Vaccination in the Punjab 1883-1896 - 1883-1896
Year: 1883
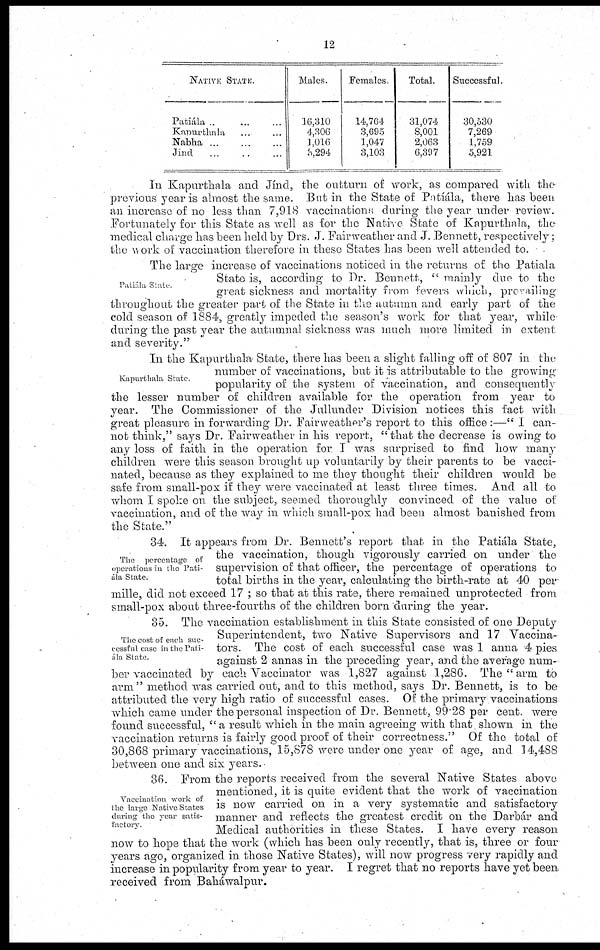
12
NATIVE STATE.
Patiála ... ... ...
Kapurthala ... ...
Nabha
...
...
...
Jind ... ... ...
Males.
16,310
4,306
1,016
3,294
Females.
14,764
3,695
1,047
3,103
Total.
31,074
8,001
2,063
6,397
Successful.
30,530
7,269
1,759
5,921
In Kapurthala and Jínd, the outturn of work, as compared with the
previous year is almost the same. But in the State of Patiála, there has been
an increase of no less than 7,918 vaccinations; during the year under review.
Fortunately for this State as well as for the Native. State of Kapurthala, the
medical charge has been held by Drs. J. Fair weather and J. Bennett, respectively;
the work of vaccination therefore in these States has been well attended to.
Patiála State.
The large increase of vaccinations noticed in the returns of the Patiala
State is, according to Dr. Bennett, "mainly due to the
great sickness and mortality from fevers which, prevailing
throughout the greater part of the State in the autumn and early part of the
cold season of 1884, greatly impeded, the season's work for that year, while
during the past year the autumnal sickness was much more limited in extent
and severity."
Kapurthala State.
In the Kapurthala State, there has been a slight falling off of 807 in the
number of vaccinations, but it is attributable to the growing-
popularity of the system of vaccination, and consequently
the lesser number of children available for the operation from year to
year. The Commissioner of the Jullunder Division notices this fact with
great pleasure in forwarding Dr. Fair weather's report to this office :—" I can-
not think," says Dr. Fairweather in his report, "that the decrease is owing to
any loss of faith in the operation for I was surprised to find how many
children were this season brought up voluntarily by their parents to be vacci-
nated, because as they explained to me they thought their children would be
safe from small-pox if they were vaccinated at least three times. And all to
whom I spoke on the subject, seemed thoroughly convinced of the value of
vaccination, and of the way in which small-pox had been almost banished from
the State."
The percentage of
operations in the Pati-
ala State.
34. It appears from Dr. Bennett's report that in the Patiála State,
the vaccination, though vigorously carried on under the
supervision of that officer, the percentage of operations to
total births in the year, calculating the birth-rate at 40 per
mille, did not exceed 17 ; so that at this rate, there remained unprotected from
small-pox about three-fourths of the children born during the year.
The cost of each suc-
cessful case in the Pati-
ála State.
85. The vaccination establishment in this State consisted of one Deputy
Superintendent, two Native Supervisors and 17 Vaccina¬
tors. The cost of each successful case was 1 anna 4 pies
against 2 annas in the preceding year, and the average num-
ber vaccinated by each Vaccinator was 1,827 against 1,286. The " arm to
arm" method was carried out, and to this method, says Dr. Bennett, is to be
attributed the very high ratio of successful cases. Of the primary vaccinations
which came under the personal inspection of Dr. Bennett, 99.28 per cent. were
found successful, "a result which in the main agreeing with that shown in the
vaccination returns is fairly good proof of their correctness." Of the total of
30,868 primary vaccinations, 15,878 were under one year of age, and. 14,488
between one and six years.
Vaccination work of
the large Native States
during the year satis-
factory.
36. From the reports received from the several Native States above
mentioned, it is quite evident that the work of vaccination
is now carried on in a very systematic and satisfactory
manner and reflects the greatest credit on the Darbár and
Medical authorities in these States. I have every reason
now to hope that the work (which has been only recently, that is, three or four
years ago, organized in those Native States), will now progress very rapidly and
increase in popularity from year to year. I regret that no reports have yet been
received from Baháwalpur.